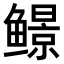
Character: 𬶱